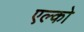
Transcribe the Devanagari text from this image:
एल्को